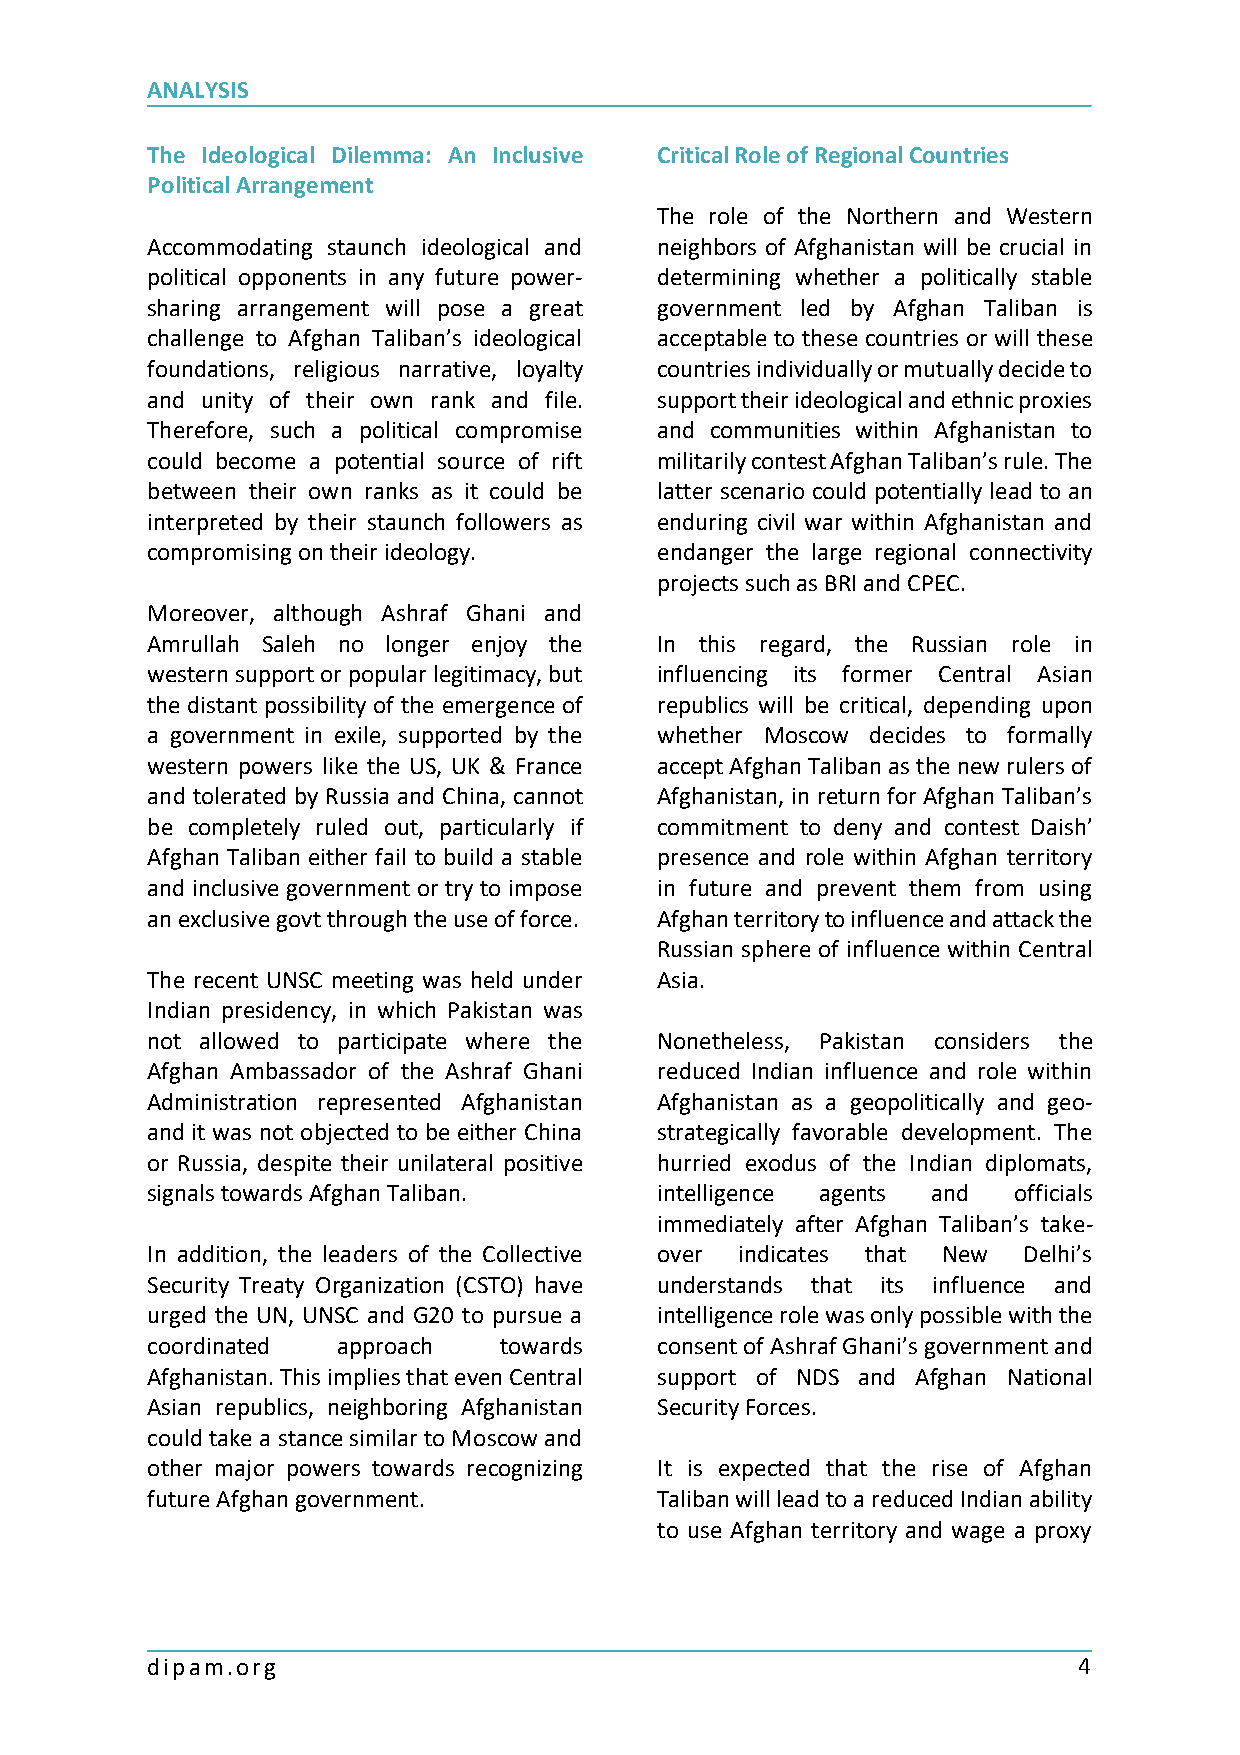
ANALYSIS
 The Ideological Dilemma: An Inclusive Critical Role of Regional Countries
 Political Arrangement
 The role of the Northern and Western
 Accommodating staunch ideological and neighbors of Afghanistan will be crucial in
 political opponents in any future power- determining whether a politically stable
 sharing arrangement will pose a great government led by Afghan Taliban is
 challenge to Afghan Taliban’s ideological acceptable to these countries or will these
 foundations, religious narrative, loyalty countries individually or mutually decide to
 and unity of their own rank and file. support their ideological and ethnic proxies
 Therefore, such a political compromise and communities within Afghanistan to
 could become a potential source of rift militarily contest Afghan Taliban’s rule. The
 between their own ranks as it could be latter scenario could potentially lead to an
 interpreted by their staunch followers as enduring civil war within Afghanistan and
 compromising on their ideology.   endanger the large regional connectivity
 projects such as BRI and CPEC.
 Moreover, although Ashraf Ghani and
 Amrullah Saleh no longer enjoy the In this regard, the Russian role in
 western support or popular legitimacy, but influencing its former Central Asian
 the distant possibility of the emergence of republics will be critical, depending upon
 a government in exile, supported by the whether Moscow decides to formally
 western powers like the US, UK & France accept Afghan Taliban as the new rulers of
 and tolerated by Russia and China, cannot Afghanistan, in return for Afghan Taliban’s
 be completely ruled out, particularly if commitment to deny and contest Daish’
 Afghan Taliban either fail to build a stable presence and role within Afghan territory
 and inclusive government or try to impose in future and prevent them from using
 an exclusive govt through the use of force. Afghan territory to influence and attack the
 Russian sphere of influence within Central
 The recent UNSC meeting was held under Asia.
 Indian presidency, in which Pakistan was
 not allowed to participate where the Nonetheless, Pakistan considers the
 Afghan Ambassador of the Ashraf Ghani reduced Indian influence and role within
 Administration represented Afghanistan Afghanistan as a geopolitically and geo-
 and it was not objected to be either China strategically favorable development. The
 or Russia, despite their unilateral positive hurried exodus of the Indian diplomats,
 signals towards Afghan Taliban.   intelligence agents and officials
 immediately after Afghan Taliban’s take-
 In addition, the leaders of the Collective over indicates that New Delhi’s
 Security Treaty Organization (CSTO) have understands that its influence and
 urged the UN, UNSC and G20 to pursue a intelligence role was only possible with the
 coordinated approach   towards    consent of Ashraf Ghani’s government and
 Afghanistan. This implies that even Central support of NDS and Afghan National
 Asian republics, neighboring Afghanistan Security Forces.
 could take a stance similar to Moscow and
 other major powers towards recognizing It is expected that the rise of Afghan
 future Afghan government.         Taliban will lead to a reduced Indian ability
 to use Afghan territory and wage a proxy
 dipam.org                                                    4